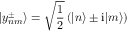
| y _ { n m } ^ { \pm } \rangle = \sqrt { \frac { 1 } { 2 } } \left( | n \rangle \pm \mathrm { i } | m \rangle \right)